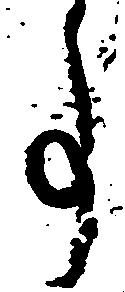
事